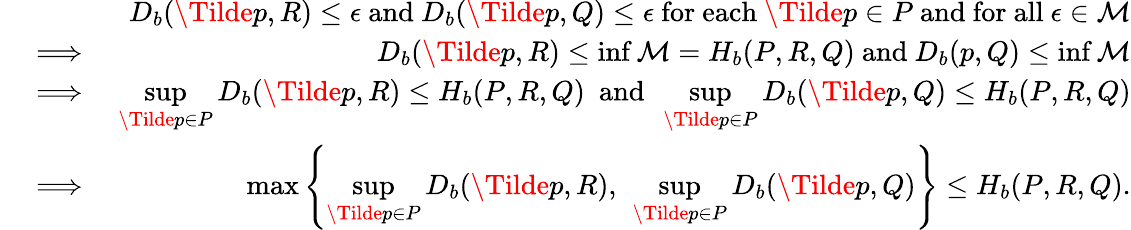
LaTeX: \begin{array}{rlr}&{}&{D_{b}(\Tilde{p},R)\leq\epsilon~\mathrm{and}~D_{b}(\Tilde{p},Q)\leq\epsilon~\mathrm{for~each}~\Tilde{p}\in P~\mathrm{and~for~all}~\epsilon\in\mathcal{M}}\\ &{\implies}&{D_{b}(\Tilde{p},R)\leq\operatorname*{inf}\mathcal{M}=H_{b}(P,R,Q)~\mathrm{and}~D_{b}(p,Q)\leq\operatorname*{inf}\mathcal{M}}\\ &{\implies}&{\underset{\Tilde{p}\in P}{\operatorname*{sup}}D_{b}(\Tilde{p},R)\leq H_{b}(P,R,Q)~~\mathrm{and}~~\underset{\Tilde{p}\in P}{\operatorname*{sup}}D_{b}(\Tilde{p},Q)\leq H_{b}(P,R,Q)}\\ &{\implies}&{\operatorname*{max}\left\{ \underset{\Tilde{p}\in P}{\operatorname*{sup}}D_{b}(\Tilde{p},R),~\underset{\Tilde{p}\in P}{\operatorname*{sup}}D_{b}(\Tilde{p},Q)\right\} \leq H_{b}(P,R,Q).}\end{array}